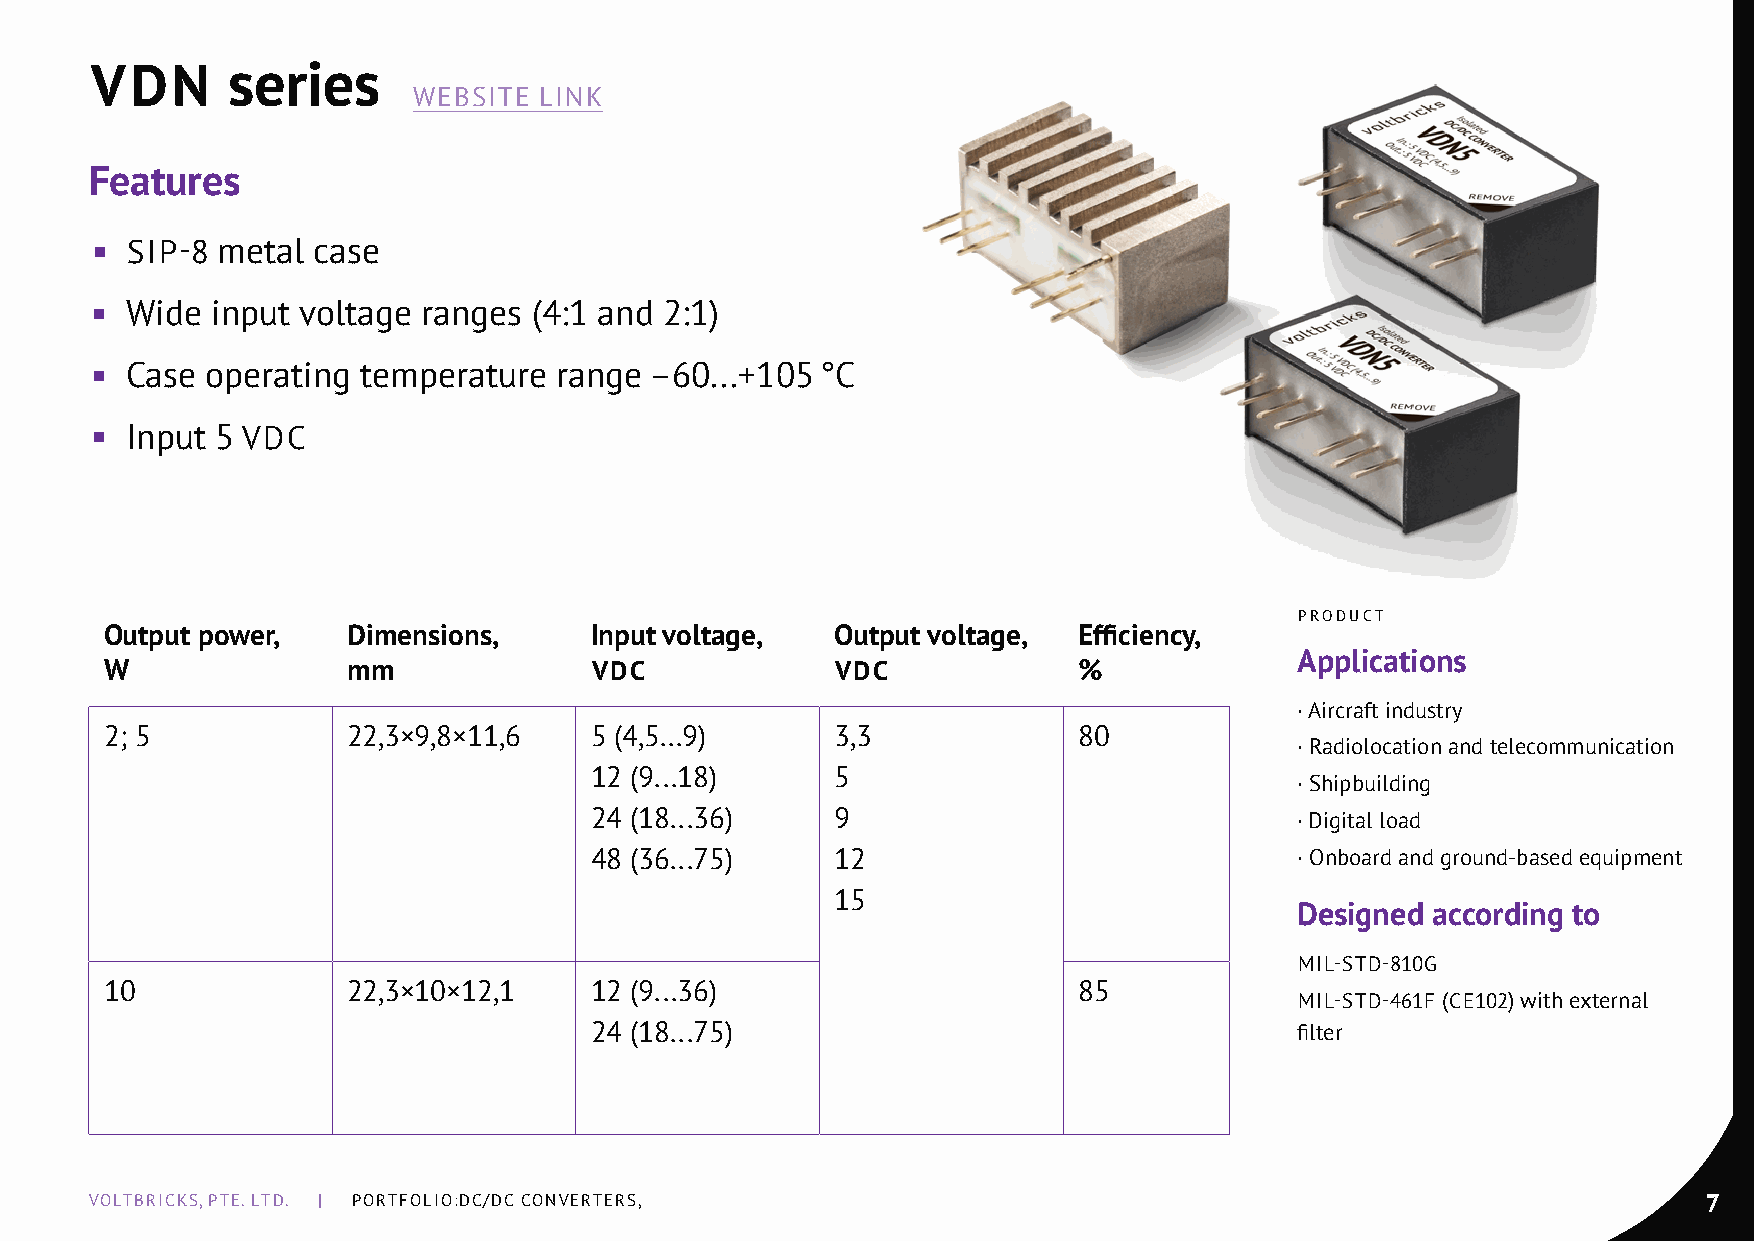
VDN      series
 WEBSITE  LInK
 Features
 ◾ SIP-8 metal  case
 ◾ Wide  input voltage ranges (4:1 and 2:1)
 ◾ Case  operating temperature  range –60...+105 °С
 ◾ Input 5 VDC
 PRODuCT
 Output power,   Dimensions,     Input voltage,  Output voltage, Effiсiency,
 Applications
 W               mm              VDC             VDC             %
 · Aircraft industry
 2; 5            22,3×9,8×11,6   5 (4,5...9)     3,3             80
 · Radiolocation and telecommunication
 12 (9...18)     5
 · Shipbuilding
 24 (18...36)    9                              · Digital load
 48 (36...75)    12                             · Onboard and ground-based equipment
 15
 Designed according to
 mIL-STD-810G
 10              22,3×10×12,1    12 (9...36)                     85
 mIL-STD-461F (CE102) with external
 24 (18...75)                                   filter
 VOLTBRICKS, PTE. LTD. | PORTFOLIO:DC/DC COnVERTERS,                                                        7